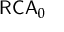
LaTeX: { \mathsf { R C A } } _ { 0 }